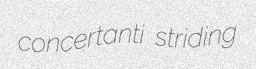
concertanti striding